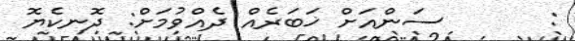
:      ސަންއަށް ޚަބަރެއް ދެއްވުމަށް: ދޮނކެޔޮ